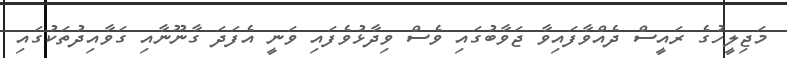
މަޖިލީހުގެ ރައީސް ދެއްވާފައިވާ ޖަވާބުގައި ވެސް ވިދާޅުވެފައި ވަނީ އެފަދަ ގާނޫނާއި ގަވާއިދުތަކުގައި